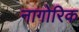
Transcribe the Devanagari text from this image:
नागोरिक